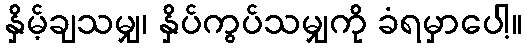
နှိမ့်ချသမျှ၊ နှိပ်ကွပ်သမျှကို ခံရမှာပေါ့။